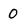
Character: 0